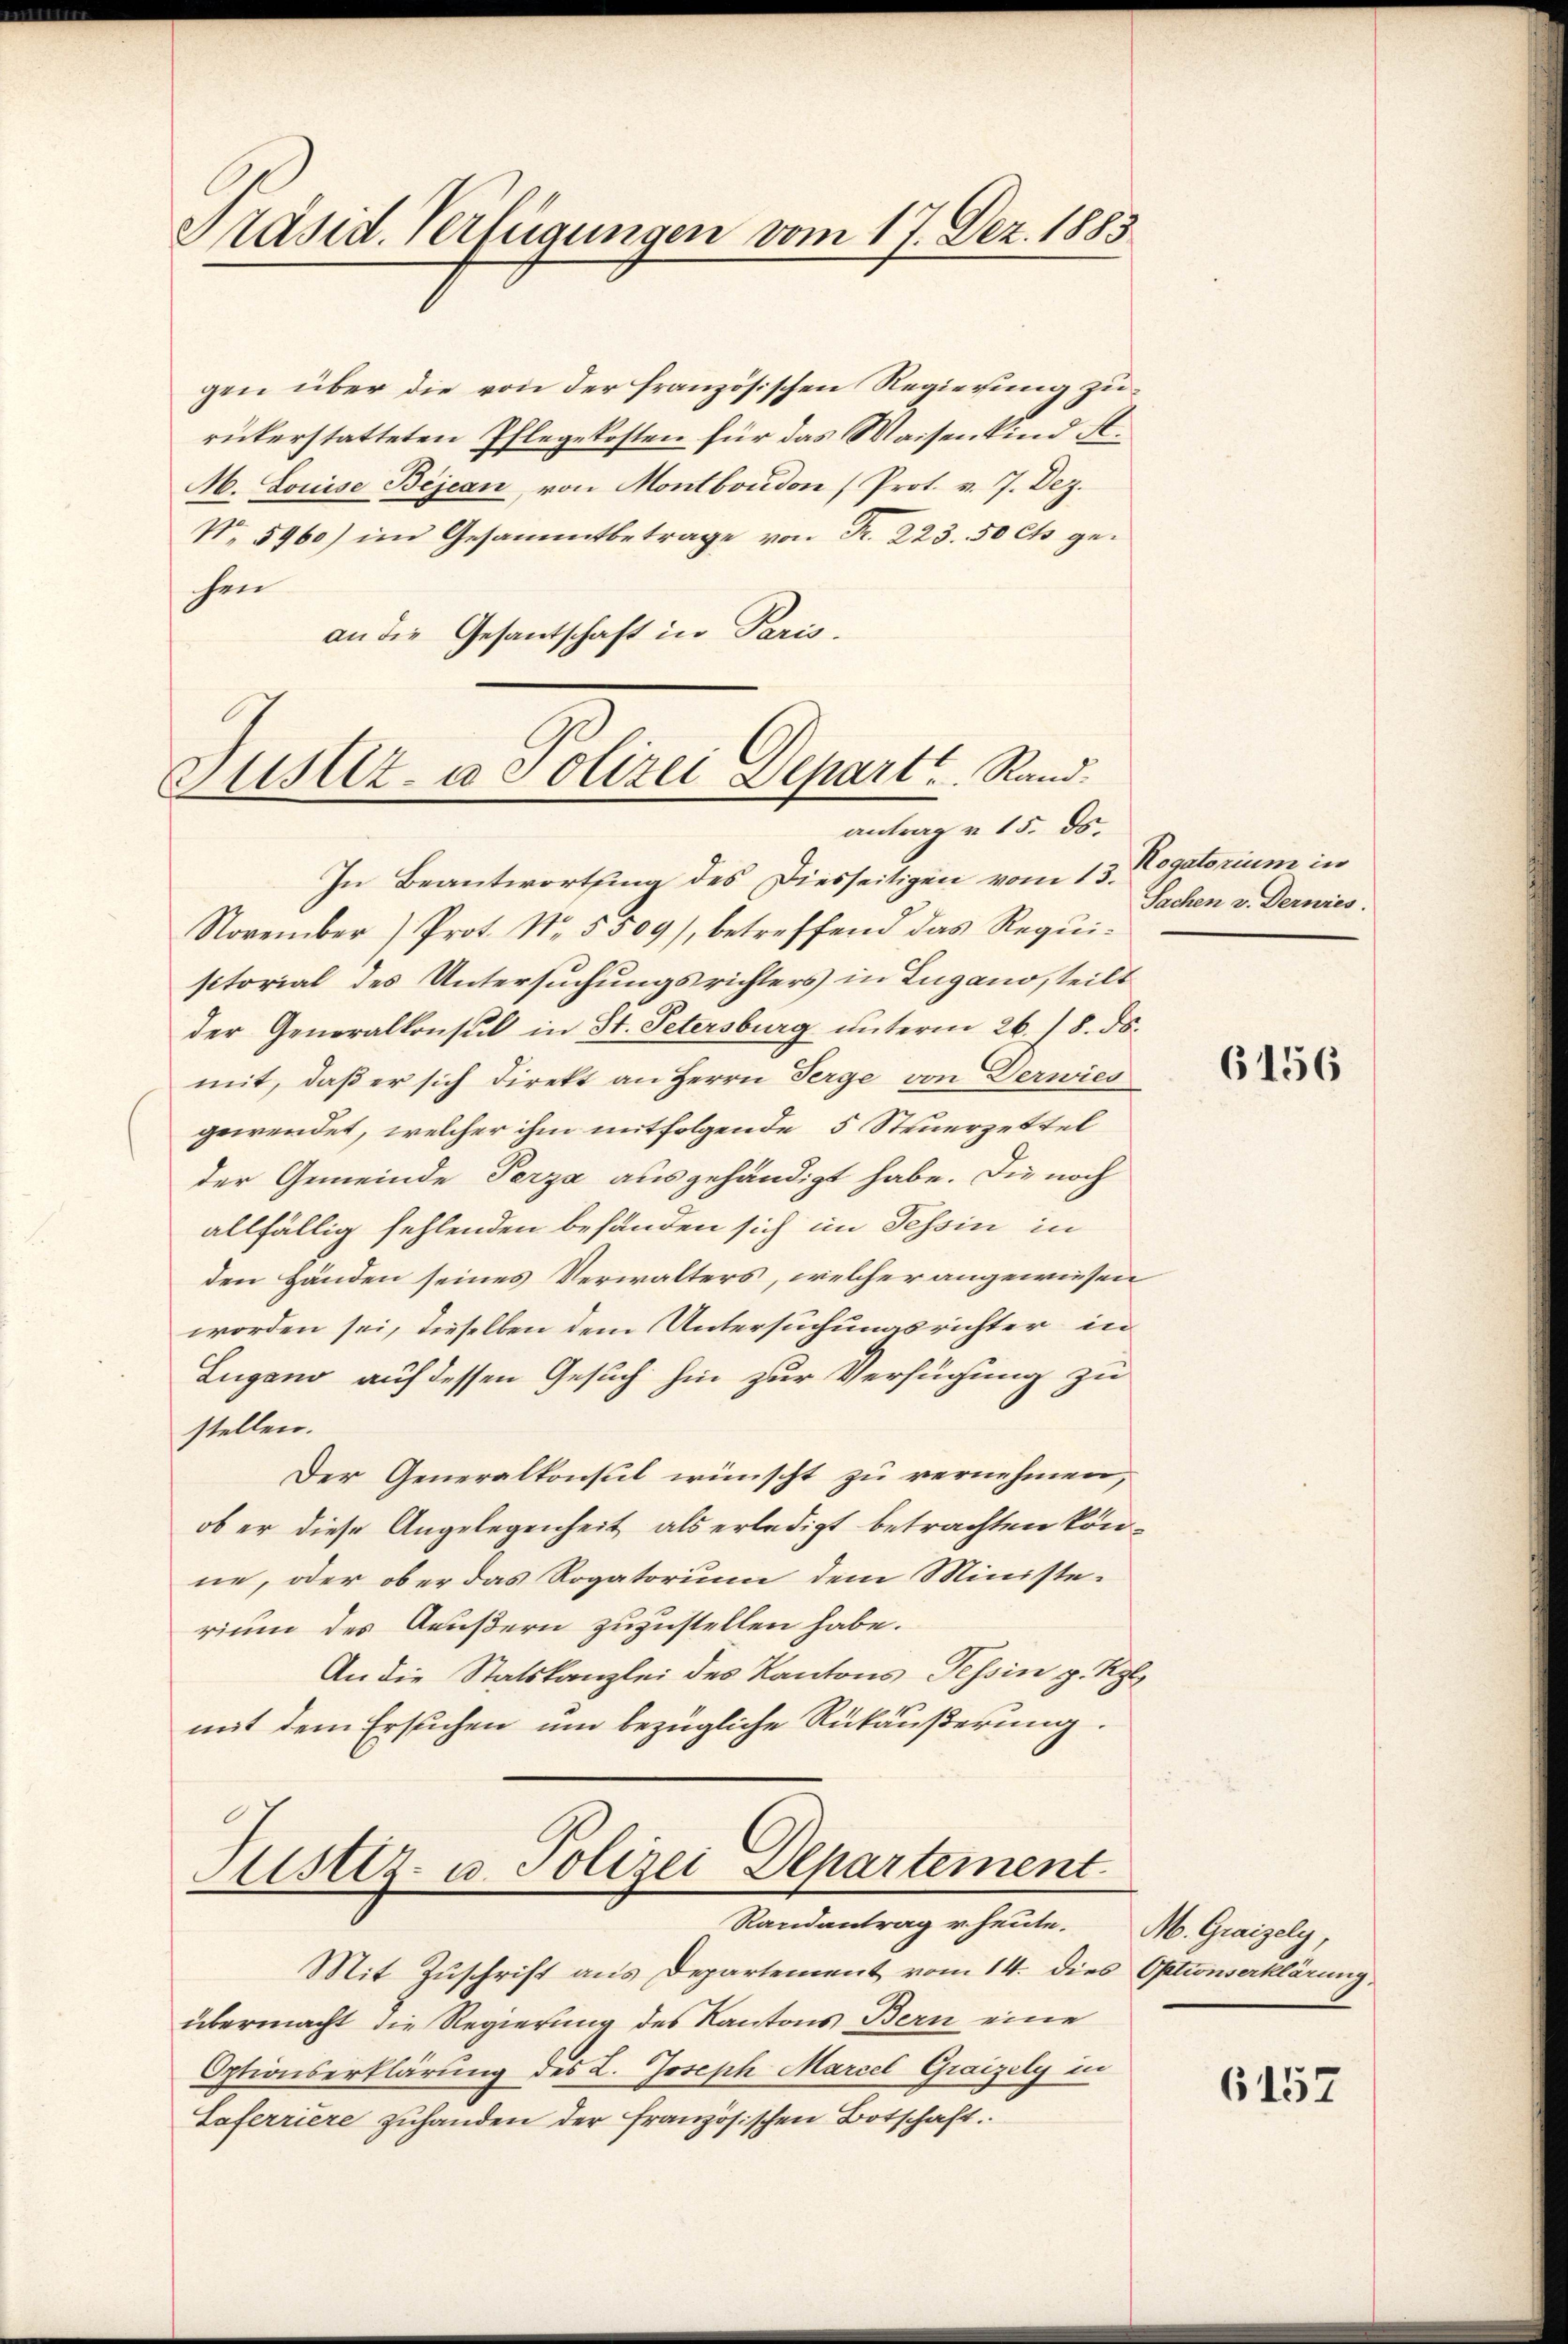
Präsid. Verfügungen vom 17. Dez. 1883

gen über die von der französischen Regierung zurükerstatteten Pflegekosten für das Waisenkind A.
M. Louise Bejean, von Montboudon (Prot. v. 7. Dez.
No. 5960) im Gesammtbetrage von Fr. 223. 50 cts gechen
an die Gesantschaft in Paris.

Justiz- u. Polizei Depart Rand.
antrag u. 15. ds.

In Beantwortung des Diesseitigen vom 13.
November) Prot. No. 5309), betreffend das Requi-
sctorial des Untersuchungsrichters in Zugano, teilt
der Generalkonsul in St. Petersburg unterm 26. 18. ds.
mit, daß er sich direkt an Herrn Serge von Derwich
gewendet, welcher ihm mitfolgende 5 Steuerzettel
der Gemeinde Perza ausgehändigt habe. Die noch
allfällig fehlenden behanden sich im Tessin in
den Händen seines Verwalters, welcher angewiesen
worden sei, dieselben dem Untersuchungsrichter in
Lugano auf dessen Gesuch hin zur Verfügung zu
stellen.
Der Generalkonsul wünscht zu vernehmen,
ob er diese Angelegenheit als erledigt betrachten kön-
ne, oder ober das Rogatorium dem Ministerium des Aeußern zuzustellen habe.
An die Statskanzlei des Kantons Tessin g. Kgl.
mit dem Ersuchen um bezügliche Rückäußerung.

Justiz- u. Polizei Departement
Randantrag v. heute.
Mit Zuschrift aus Departement vom 14. dies Optionserklärung,

übermacht die Regierung des Kantons Bern eine
Optionserklärung des L. Joseph Marcel Graizely in
Saferriere zuhanden der französischen Botschaft.

Rogatorium in
Sachen v. Derwies.

6156

M. Graisely,

6157